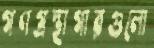
গণগ্রন্থাগারগুলো